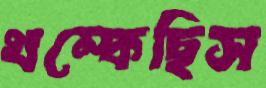
থম্‌কেছিস